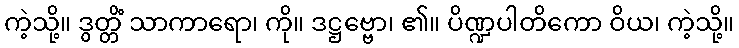
ကဲ့သို့။ ဒွတ္တိံ သာကာရော၊ ကို။ ဒဋ္ဌဗ္ဗော၊ ၏။ ပိဏ္ဍပါတိကော ဝိယ၊ ကဲ့သို့။